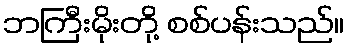
ဘကြီးမိုးတို့ စစ်ပန်းသည်။